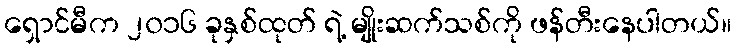
ရှောင်မီက ၂၀၁၆ ခုနှစ်ထုတ် ရဲ့ မျိုးဆက်သစ်ကို ဖန်တီးနေပါတယ်။